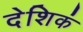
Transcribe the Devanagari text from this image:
देशिकं